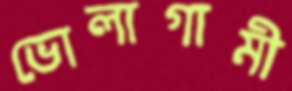
ভোলাগামী